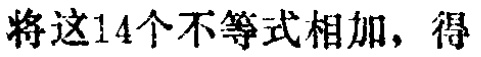
将这14个不等式相加，得